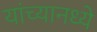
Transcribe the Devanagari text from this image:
यांच्यानध्ये